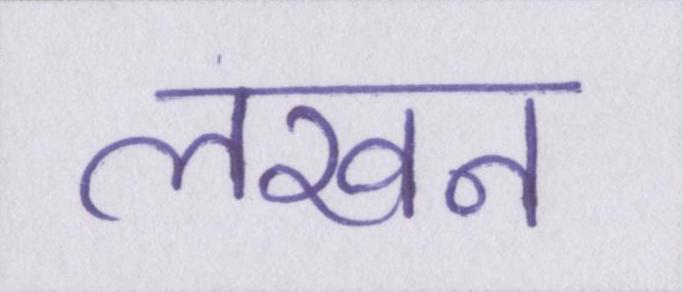
लखन